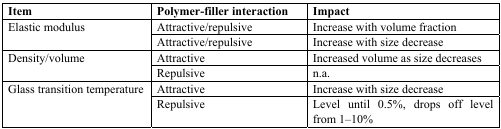
| Item | Polymer-filler interaction | Impact |
 | --- | --- | --- |
 | <ROWSPAN=2> Elastic modulus | Attractive/repulsive | Increase with volume fraction |
 | Attractive/repulsive | Increase with size decrease |
 | <ROWSPAN=2> Density/volume | Attractive | Increased volume as size decreases |
 | Repulsive | n.a. |
 | <ROWSPAN=2> Glass transition temperature | Attractive | Increase with size decrease |
 | Repulsive | Level until 0.5%, drops off level from 1–10% |